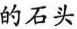
的石头。